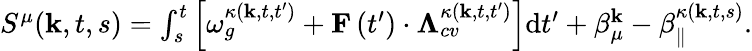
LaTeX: \begin{array}{r}{S^{\mu}(\mathbf{k},t,s)=\int_{s}^{t}\left[\omega_{g}^{\kappa\left(\textbf{k},t,t^{\prime}\right)}+\mathbf{F}\left(t^{\prime}\right)\cdot\mathbf{\Lambda}_{cv}^{\kappa\left(\textbf{k},t,t^{\prime}\right)}\right]\mathrm{d}t^{\prime}+\beta_{\mu}^{\mathbf{k}}-\beta_{\| }^{\kappa(\textbf{k},t,s)}.}\end{array}